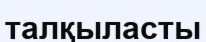
талқыласты